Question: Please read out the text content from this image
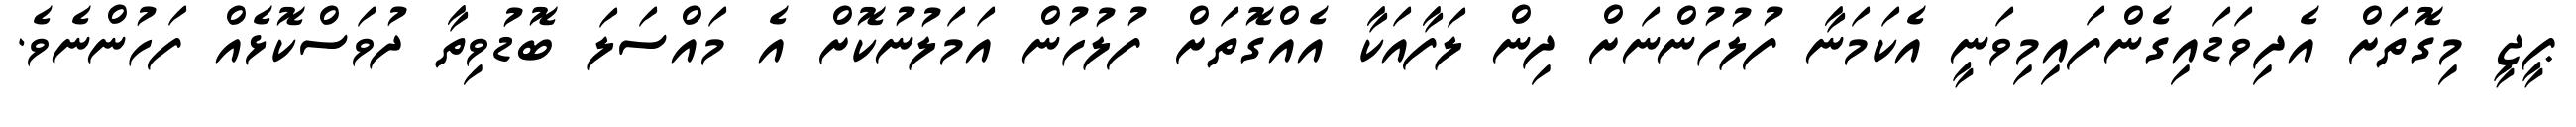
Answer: ޕީޖީ މިގޮތަށް އެދިވަޑައިގެންފައިމިވަނީ އެކަމަނާ ފުލުހުންނަށް ދިން ލަފާއަކާ އެއްގޮތަށް ފުލުހުން އަމަލުނުކޮށް އެ މައްސަލަ ބޮޑުވިތާ ދުވަސްކޮޅެއް ފަހުންނެވެ.